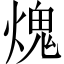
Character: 𤌋